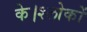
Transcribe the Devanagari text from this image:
के।श्लोकों